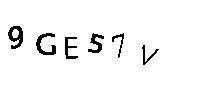
9GE57V